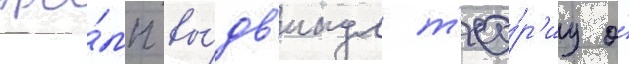
тра́мп вы́дв'инул т'ео́р'иу о́